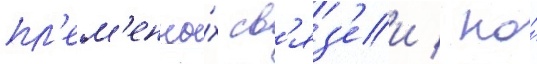
пл'ем'енны́х св'яз'еи / но́